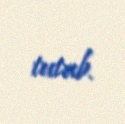
tutub.